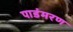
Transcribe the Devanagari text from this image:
पाडंमरण